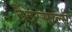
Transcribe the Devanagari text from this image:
टैटरसाल्स